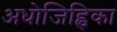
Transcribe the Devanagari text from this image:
अधोजिह्विका